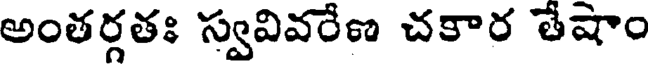
అంతర్గతః స్వవివరేణ చకార తేషాం